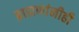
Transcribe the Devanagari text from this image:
ब्राह्मणांनीही